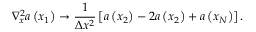
\nabla _ { x } ^ { 2 } a \left( x _ { 1 } \right) \rightarrow \frac { 1 } { \Delta x ^ { 2 } } \left[ a \left( x _ { 2 } \right) - 2 a \left( x _ { 2 } \right) + a \left( x _ { N } \right) \right] .